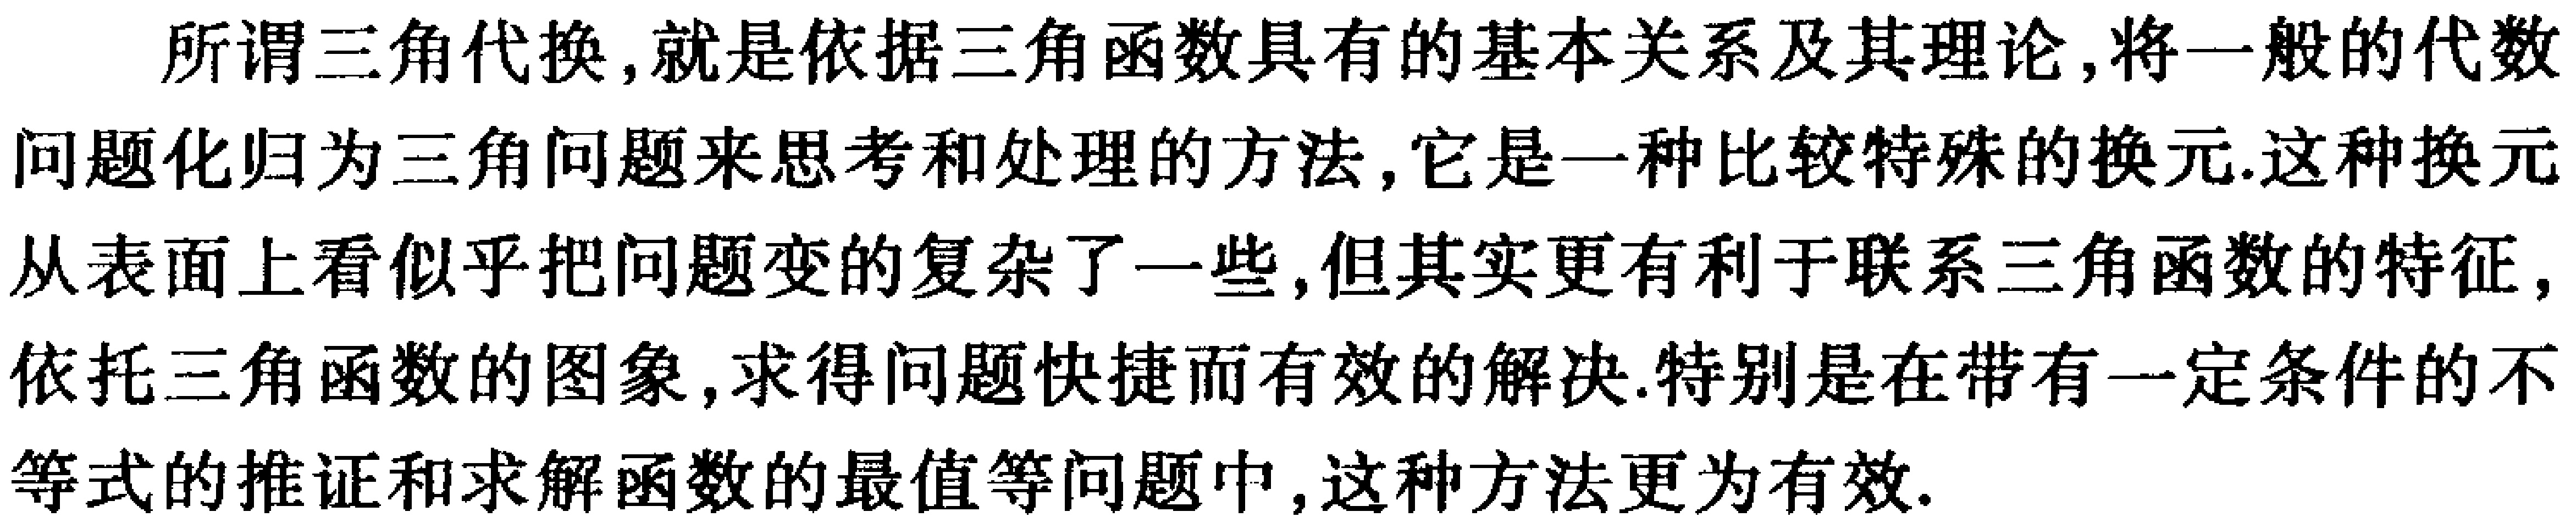
所谓三角代换,就是依据三角函数具有的基本关系及其理论,将一般的代数问题化归为三角问题来思考和处理的方法,它是一种比较特殊的换元.这种换元从表面上看似乎把问题变的复杂了一些,但其实更有利于联系三角函数的特征,依托三角函数的图象,求得问题快捷而有效的解决.特别是在带有一定条件的不等式的推证和求解函数的最值等问题中,这种方法更为有效.